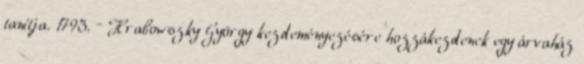
tanítja. 1793. – Hrabowszky György kezdeményezésére hozzákezdenek egy árvaház